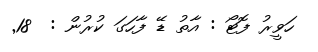
ހަވީރު ފޮޓޯ : އާތު ޑޭ ފާހަގަ ކުރުން :  18